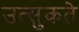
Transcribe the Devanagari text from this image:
उत्सुकते